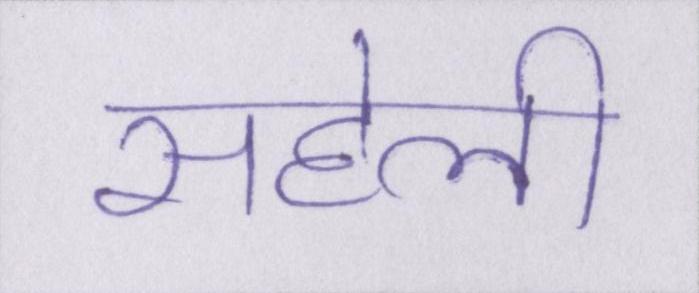
सहेली